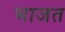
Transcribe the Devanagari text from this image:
भाजत